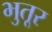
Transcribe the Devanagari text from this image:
भुतूर